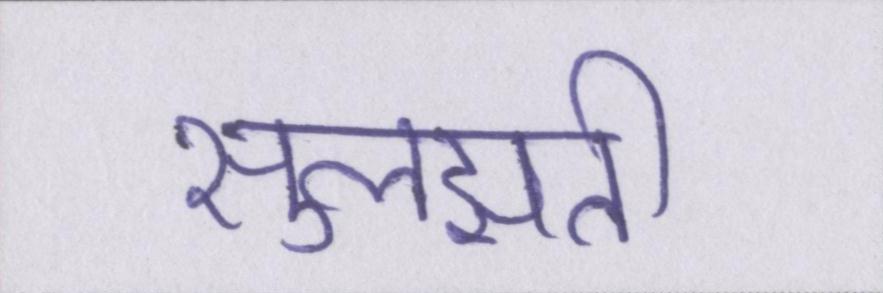
सुलझती